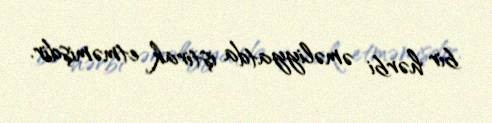
bir hərbi əməliyyatda iştirak etməmişdir.